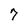
Character: 7